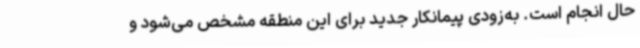
حال انجام است. به‌زودی پیمانکار جدید برای این منطقه مشخص می‌شود و